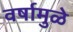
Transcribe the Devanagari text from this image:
वर्षामुळे